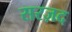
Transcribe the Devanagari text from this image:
सरज़द